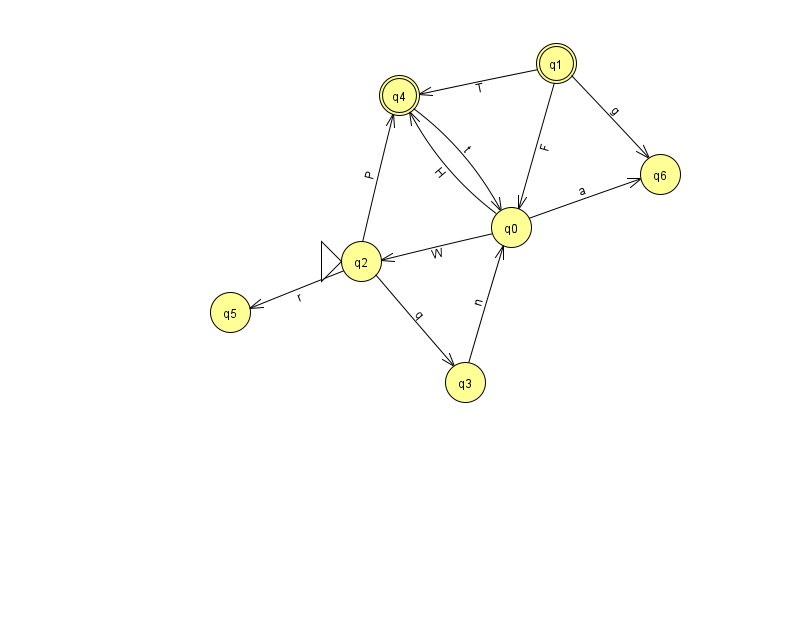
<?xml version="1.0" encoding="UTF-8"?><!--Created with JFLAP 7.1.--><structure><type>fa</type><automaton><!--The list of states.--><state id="0" name="q0"><x>511.0</x><y>214.0</y></state><state id="1" name="q1"><x>556.0</x><y>50.0</y><final/></state><state id="2" name="q2"><x>361.0</x><y>248.0</y><initial/></state><state id="3" name="q3"><x>465.0</x><y>369.0</y></state><state id="4" name="q4"><x>399.0</x><y>82.0</y><final/></state><state id="5" name="q5"><x>230.0</x><y>299.0</y></state><state id="6" name="q6"><x>660.0</x><y>161.0</y></state><!--The list of transitions.--><transition><from>1</from><to>0</to><read>F</read></transition><transition><from>1</from><to>4</to><read>T</read></transition><transition><from>2</from><to>5</to><read>r</read></transition><transition><from>4</from><to>0</to><read>t</read></transition><transition><from>0</from><to>4</to><read>H</read></transition><transition><from>0</from><to>2</to><read>W</read></transition><transition><from>2</from><to>3</to><read>q</read></transition><transition><from>3</from><to>0</to><read>n</read></transition><transition><from>0</from><to>6</to><read>a</read></transition><transition><from>2</from><to>4</to><read>P</read></transition><transition><from>1</from><to>6</to><read>g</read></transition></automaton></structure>